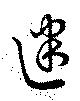
迷